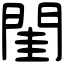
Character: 閨